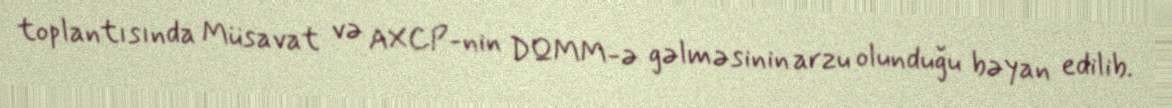
toplantısında Müsavat və AXCP-nin DQMM-ə gəlməsinin arzu olunduğu bəyan edilib.